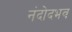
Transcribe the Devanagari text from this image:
नंदोदभव